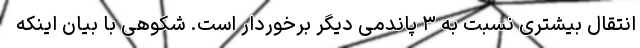
انتقال بیشتری نسبت به ۳ پاندمی دیگر برخوردار است. شکوهی با بیان اینکه